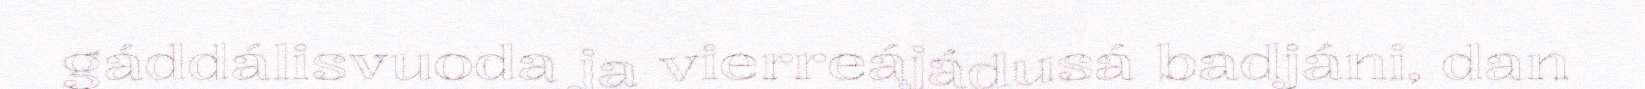
gáddálisvuoda ja vierreájádusá badjáni, dan